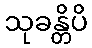
သုခန္တိပိ